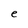
Character: e